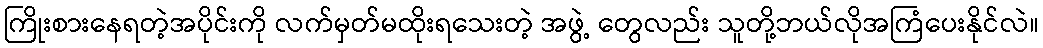
ကြိုးစားနေရတဲ့အပိုင်းကို လက်မှတ်မထိုးရသေးတဲ့ အဖွဲ့ တွေလည်း သူတို့ဘယ်လိုအကြံပေးနိုင်လဲ။